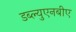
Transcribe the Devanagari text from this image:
डब्ल्युएनबीए